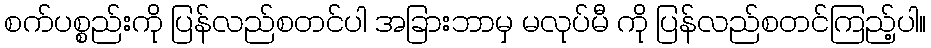
စက်ပစ္စည်းကို ပြန်လည်စတင်ပါ အခြားဘာမှ မလုပ်မီ ကို ပြန်လည်စတင်ကြည့်ပါ။